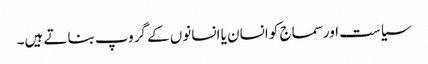
سیاست اورسماج کو انسان یا انسانوں کے گروپ بناتے ہیں۔